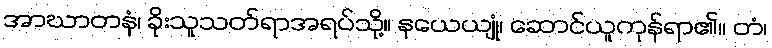
အာဃာတနံ၊ ခိုးသူသတ်ရာအရပ်သို့။ နယေယျုံ၊ ဆောင်ယူကုန်ရာ၏။ တံ၊